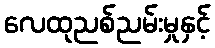
လေထုညစ်ညမ်းမှုနှင့်